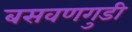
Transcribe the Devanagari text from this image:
बसवणगुडी